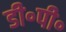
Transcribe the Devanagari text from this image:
डी॰पी॰